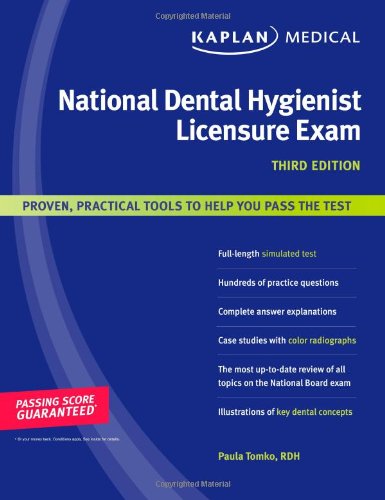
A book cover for Kaplan Medical National Dental Hygienist Licensure Exam (Kaplan National Dental Hygenist Licensure Exam); Paula Tomko; Medical Books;